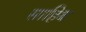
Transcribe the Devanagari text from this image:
साहिब